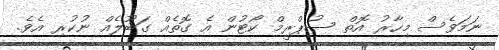
ނަމަވެސް މިހާރު އޮތް ސުޕްރީމް ކޯޓުން އެ ގޮތެއް ގަބޫލެއް ނުކުރި އެވެ.